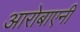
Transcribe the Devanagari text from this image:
आरोबाएनी